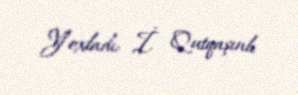
Yoxladı: İ. Qutqaşınlı